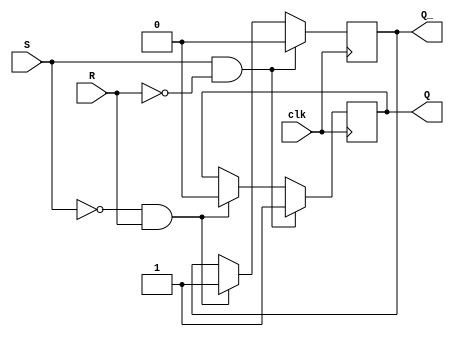
module sr_latch (
    input S,
    input R,
    input clk,
    output reg Q,
    output reg Q_
);

always @(posedge clk) begin
    if (S & !R) begin
        Q <= 1;
        Q_ <= 0;
    end else if (!S & R) begin
        Q <= 0;
        Q_ <= 1;
    end else begin
        Q <= Q;
        Q_ <= Q_;
    end
end

endmodule